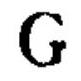
\(G\)